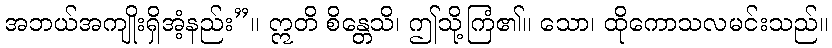
အဘယ်အကျိုးရှိအံ့နည်း”။ ဣတိ စိန္တေသိ၊ ဤသို့ကြံ၏။ သော၊ ထိုကောသလမင်းသည်။